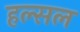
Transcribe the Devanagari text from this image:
हल्सल